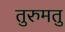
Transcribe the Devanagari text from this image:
तुरुमतु